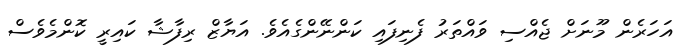
އަހަރެން މޫނަށް ޖެއްސި ވައްތަރު ފެނިފައި ކަންނޭންގެއެވެ. އަޔާޒް ރިފާޝާ ކައިރީ ކޮންމެވެސް